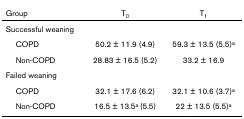
<table><thead><tr><td><b>Group</b></td><td><b>T<sub>0</sub></b></td><td><b>T<sub>1</sub></b></td></tr></thead><tbody><tr><td>Successful weaning</td><td></td><td></td></tr><tr><td> COPD</td><td>50.2 ± 11.9 (4.9)</td><td>59.3 ± 13.5 (5.5)<sup>a</sup></td></tr><tr><td> Non-COPD</td><td>28.83 ± 16.5 (5.2)</td><td>33.2 ± 16.9</td></tr><tr><td>Failed weaning</td><td></td><td></td></tr><tr><td> COPD</td><td>32.1 ± 17.6 (6.2)</td><td>32.1 ± 10.6 (3.7)<sup>a</sup></td></tr><tr><td> Non-COPD</td><td>16.5 ± 13.5<sup>a </sup>(5.5)</td><td>22 ± 13.5 (5.5)<sup>a</sup></td></tr></tbody></table>